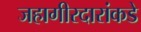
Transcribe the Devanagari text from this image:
जहागीरदारांकडे